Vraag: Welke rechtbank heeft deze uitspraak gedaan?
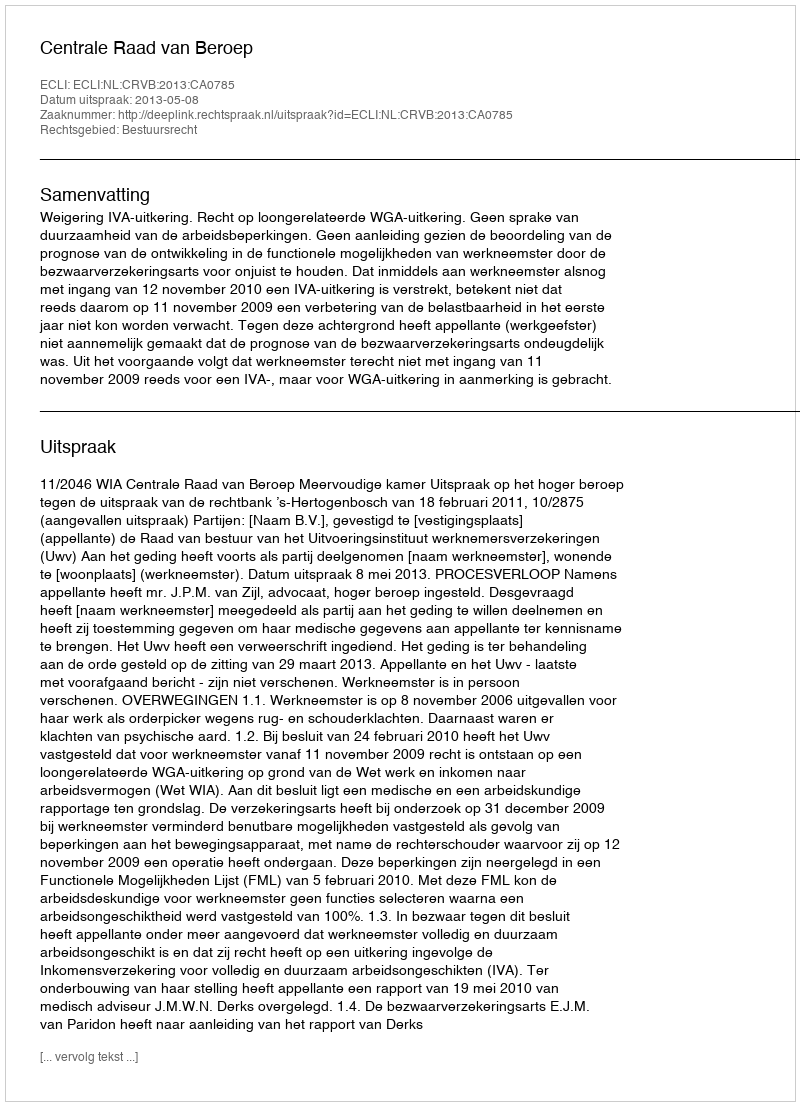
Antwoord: Centrale Raad van Beroep